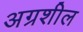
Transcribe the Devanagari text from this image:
अग्रशील